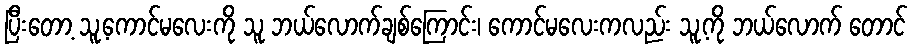
ပြီးတော့ သူ့ကောင်မလေးကို သူ ဘယ်လောက်ချစ်ကြောင်း၊ ကောင်မလေးကလည်း သူ့ကို ဘယ်လောက် တောင်